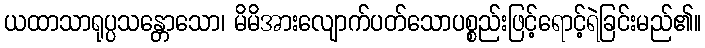
ယထာသာရုပ္ပသန္တောသော၊ မိမိအားလျောက်ပတ်သောပစ္စည်းဖြင့်ရောင့်ရဲခြင်းမည်၏။